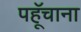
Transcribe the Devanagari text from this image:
पहूॅचाना